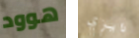
هوود دايزي